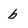
Character: b